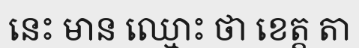
នេះ មាន ឈ្មោះ ថា ខេត្ត តា